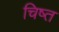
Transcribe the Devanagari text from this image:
चिष्त